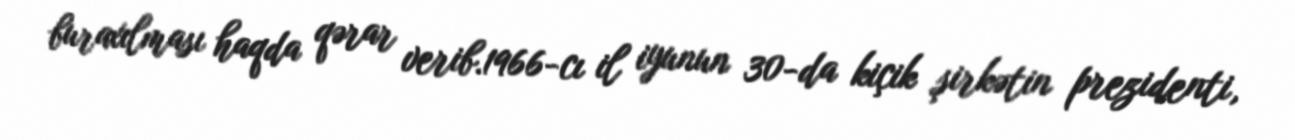
buraxılması haqda qərar verib.1966-cı il iyunun 30-da kiçik şirkətin prezidenti,